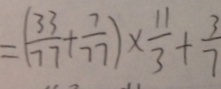
= ( \frac { 3 3 } { 7 7 } + \frac { 7 } { 7 7 } ) \times \frac { 1 1 } { 3 } + \frac { 3 } { 7 }